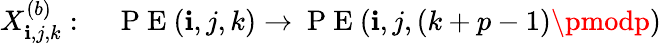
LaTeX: X_{\mathbf{i},j,k}^{(b)}:\quad\mathrm{{~P~E~}}(\mathbf{i},j,k)\rightarrow\mathrm{{~P~E~}}(\mathbf{i},j,(k+p-1)\pmodp)